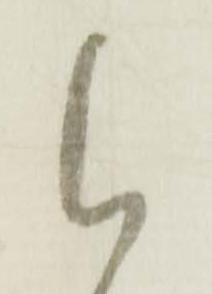
候